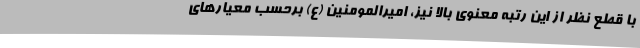
با قطع نظر از این رتبه معنوی بالا نیز، امیرالمومنین (ع) برحسب معیارهای